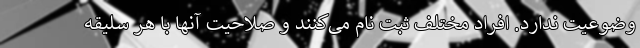
وضوعیت ندارد. افراد مختلف ثبت نام می‌کنند و صلاحیت آنها با هر سلیقه